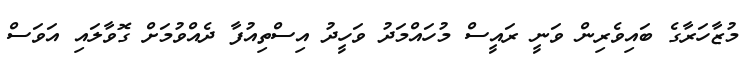
މުޒާހަރާގެ ބައިވެރިން ވަނީ ރައީސް މުހައްމަދު ވަހީދު އިސްތިއުފާ ދެއްވުމަށް ގޮވާލައި އަވަސް